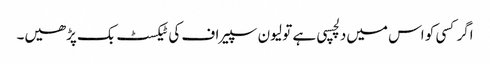
اگر کسی کو اس میں‌دلچسپی ہے تو لیون سپیراف کی ٹیکسٹ بک پڑھیں۔